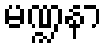
မဏ္ဍနာ